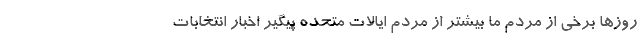
روزها برخی از مردم ما بیشتر از مردم ایالات متحده پیگیر اخبار انتخابات